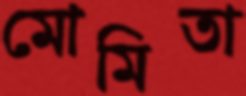
মোমিতা